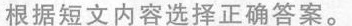
根据短文内容选择正确答案。